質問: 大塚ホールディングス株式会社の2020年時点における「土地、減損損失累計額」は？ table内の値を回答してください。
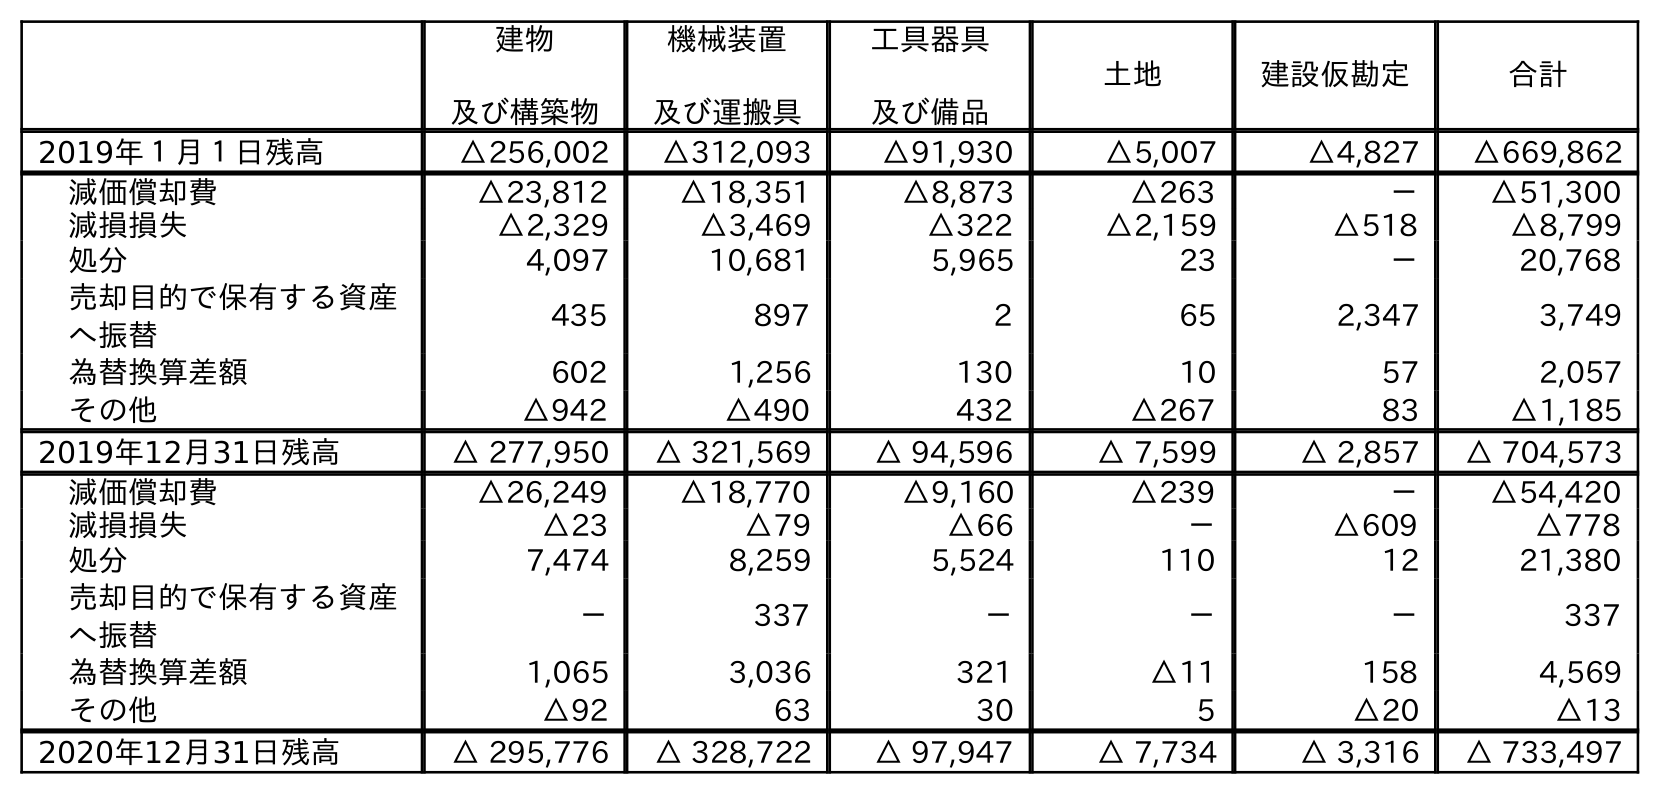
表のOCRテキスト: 建物 及び構築物 機械装置 及び運搬具 工具器具 及び備品 土地 建設仮勘定 合計 2019年１月１日残高 △256,002 △312,093 △91,930 △5,007 △4,827 △669,862 減価償却費 △23,812 △18,351 △8,873 △263 － △51,300 減損損失 △2,329 △3,469 △322 △2,159 △518 △8,799 処分 4,097 10,681 5,965 23 － 20,768 売却目的で保有する資産 へ振替 435 897 2 65 2,347 3,749 為替換算差額 602 1,256 130 10 57 2,057 その他 △942 △490 432 △267 83 △1,185 2019年12月31日残高 △ 277,950 △ 321,569 △ 94,596 △ 7,599 △ 2,857 △ 704,573 減価償却費 △26,249 △18,770 △9,160 △239 － △54,420 減損損失 △23 △79 △66 － △609 △778 処分 7,474 8,259 5,524 110 12 21,380 売却目的で保有する資産 へ振替 － 337 － － － 337 為替換算差額 1,065 3,036 321 △11 158 4,569 その他 △92 63 30 5 △20 △13 2020年12月31日残高 △ 295,776 △ 328,722 △ 97,947 △ 7,734 △ 3,316 △ 733,497
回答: △7,734